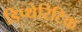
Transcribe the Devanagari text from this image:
डिप्थेरिटिक